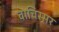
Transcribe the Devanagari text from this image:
वाचिस्सर